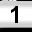
Digit: 1